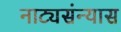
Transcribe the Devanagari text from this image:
नाट्यसंन्यास